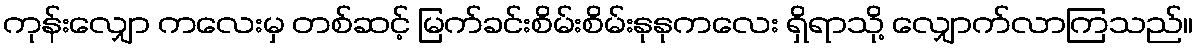
ကုန်းလျှော ကလေးမှ တစ်ဆင့် မြက်ခင်းစိမ်းစိမ်းနုနုကလေး ရှိရာသို့ လျှောက်လာကြသည်။